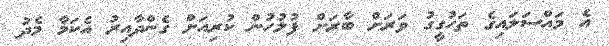
އެ މައްސަލައިގެ ތަހުގީގު ވަރަށް ބާރަށް ފުލުހުން ކުރިއަށް ގެންދާއިރު އެކަމާ މެދު